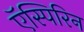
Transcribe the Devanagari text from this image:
ऍस्पिरिन